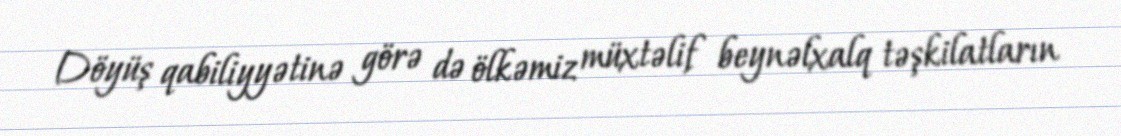
Döyüş qabiliyyətinə görə də ölkəmiz müxtəlif beynəlxalq təşkilatların